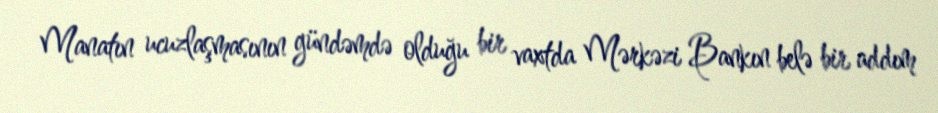
Manatın ucuzlaşmasının gündəmdə olduğu bir vaxtda Mərkəzi Bankın belə bir addım